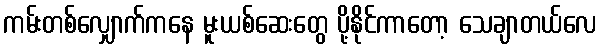
ကမ်းတစ်လျှောက်ကနေ မူးယစ်ဆေးတွေ ပို့နိုင်ကာတော့ သေချာတယ်လေ